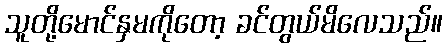
သူတို့မောင်နှမကိုတော့ ခင်တွယ်မိလေသည်။